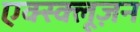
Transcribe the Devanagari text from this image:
एक्स्क्लूज़न